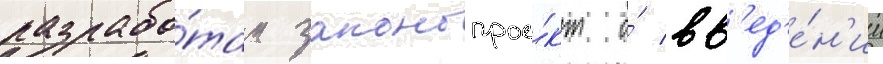
разрабо́тан законопрое́кт о́ вв'ед'е́н'ии